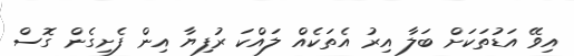
އިވޭ އަޑުތަކަށް ބަލާ އިރު އެތަކެއް ލައްކަ ރުފިޔާ އިން ފެށިގެން ގޮސް